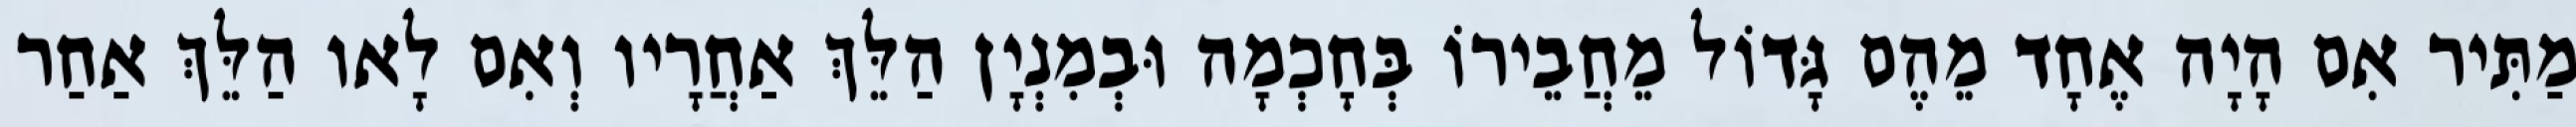
מַתִּיר אִם הָיָה אֶחָד מֵהֶם גָּדוֹל מֵחֲבֵירוֹ בְּחָכְמָה וּבְמִנְיָן הַלֵּךְ אַחֲרָיו וְאִם לָאו הַלֵּךְ אַחַר